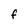
Character: f